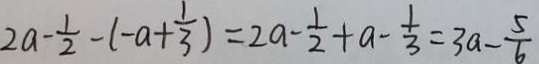
2 a - \frac { 1 } { 2 } - ( - a + \frac { 1 } { 3 } ) = 2 a - \frac { 1 } { 2 } + a - \frac { 1 } { 3 } = 3 a - \frac { 5 } { 6 }